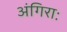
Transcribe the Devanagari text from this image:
अंगिराः